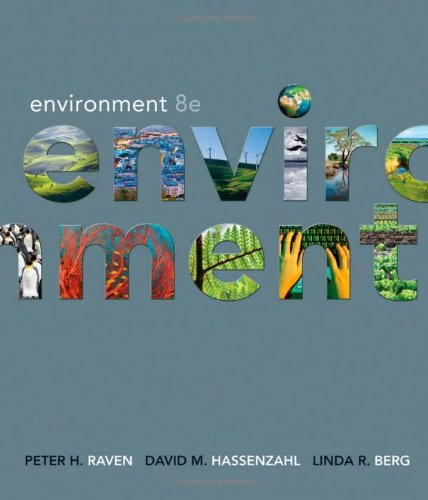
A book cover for Environment, 8th Edition; Peter H. Raven; Science & Math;